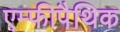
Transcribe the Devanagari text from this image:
एम्फीपैथिक